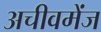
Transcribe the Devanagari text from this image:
अचीवमेंज